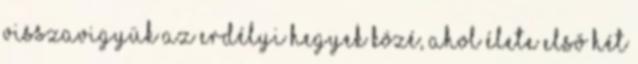
visszavigyük az erdélyi hegyek közé, ahol élete elsõ hét